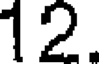
12.